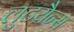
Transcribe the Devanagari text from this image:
लुटयैन्स